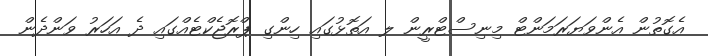
އެގޮތުން އެންވަޔަރަމަންޓް މިނިސްޓްރީން ލ އަތޮޅުގައި ހިންގި ޕްރޮޖެކްޓެއްގައި ދެ އަހަރު ވަންދެން